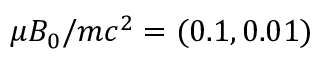
\mu B _ { 0 } / m c ^ { 2 } = ( 0 . 1 , 0 . 0 1 )